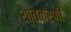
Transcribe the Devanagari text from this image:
शातकरणी